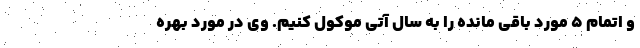
و اتمام ۵ مورد باقی مانده را به سال آتی موکول کنیم. وی در مورد بهره